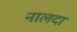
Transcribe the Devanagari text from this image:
नालदा